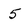
Character: 5